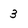
Character: 3